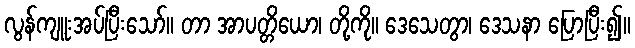
လွန်ကျူးအပ်ပြီးသော်။ တာ အာပတ္တိယော၊ တို့ကို။ ဒေသေတွာ၊ ဒေသနာ ပြောပြီး၍။